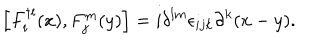
LaTeX: \left[ F _ { i } ^ { \dagger l } ( x ) , F _ { j } ^ { m } ( y ) \right] = i \delta ^ { l m } \epsilon _ { i j k } \partial ^ { k } ( x - y ) .